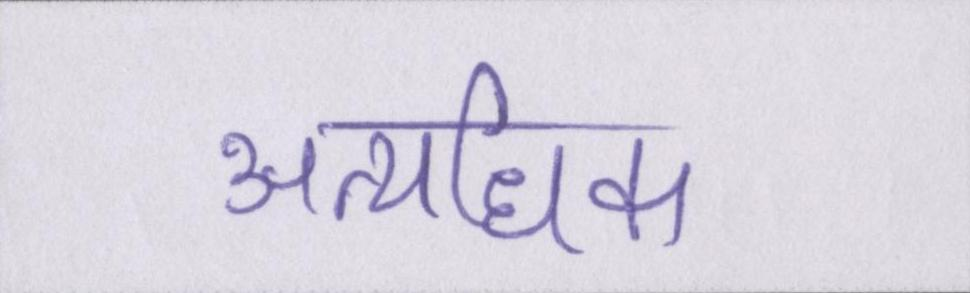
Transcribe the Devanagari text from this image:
अत्यधिक